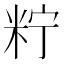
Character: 𥹍